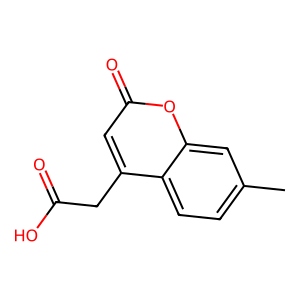
SMILES: Cc1ccc2c(CC(=O)O)cc(=O)oc2c1
Inhibits HIV replication: No